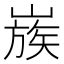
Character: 𡻬